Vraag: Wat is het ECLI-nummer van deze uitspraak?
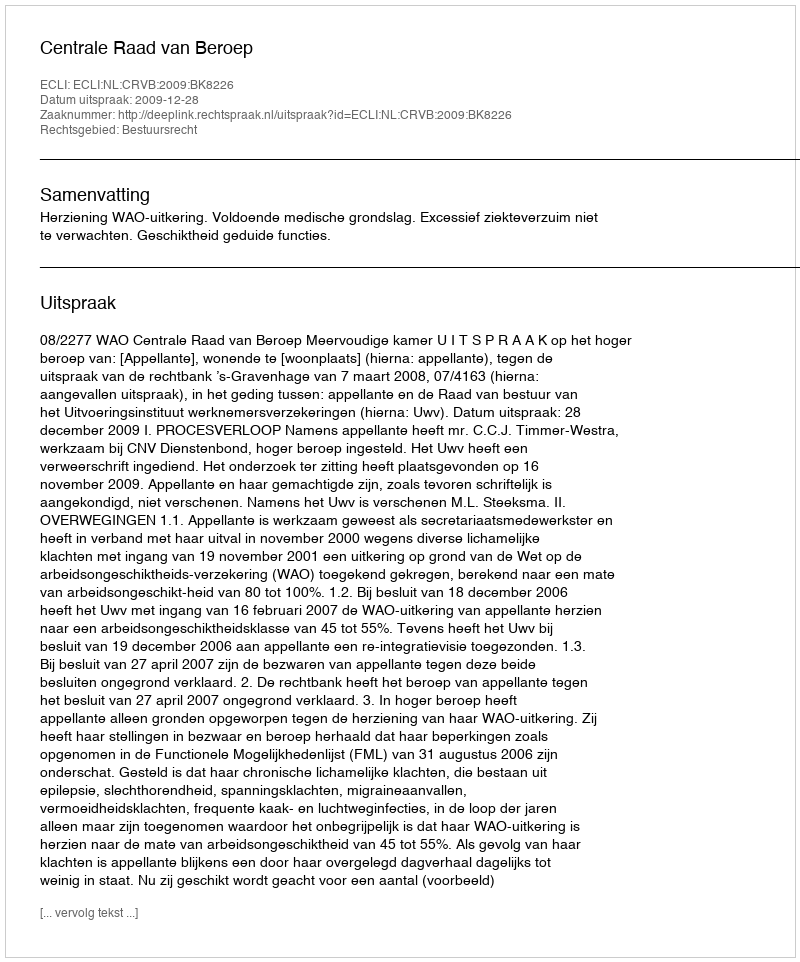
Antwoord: ECLI:NL:CRVB:2009:BK8226